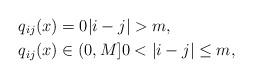
LaTeX: \begin{align*}q_{ij}(x) &=0 |i-j|>m, \\q_{ij}(x) &\in (0,M] 0<|i-j|\leq m,\end{align*}